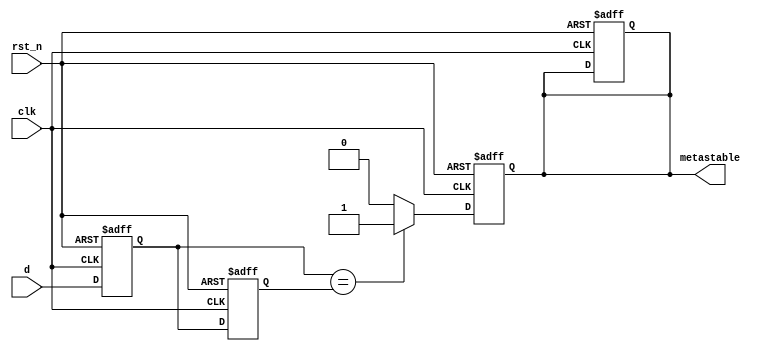
module metastability_detector (
    input wire clk,         // Clock signal
    input wire rst_n,      // Active low reset signal
    input wire d,          // Signal to monitor for metastability
    output reg metastable   // Output signal indicating metastability state
);

    // Internal signals for flip-flop outputs
    reg Q1;
    reg Q2;

    // Parameters for timing (adjust as necessary)
    parameter METASTABLE_THRESHOLD = 2; // Example threshold for metastability detection

    // Flip-flops for sampling the input signal
    always @(posedge clk or negedge rst_n) begin
        if (!rst_n) begin
            Q1 <= 1'b0;
            Q2 <= 1'b0;
            metastable <= 1'b0;
        end else begin
            Q1 <= d; // First flip-flop samples input d
            Q2 <= Q1; // Second flip-flop samples output of first flip-flop
        end
    end

    // Metastability detection logic
    always @(posedge clk or negedge rst_n) begin
        if (!rst_n) begin
            metastable <= 1'b0; // Reset metastable signal
        end else begin
            // Check for metastable condition
            if (Q1 == Q2) begin
                metastable <= 1'b1; // Indicate potential metastable state
            end else begin
                metastable <= 1'b0; // Clear metastable indication
            end
        end
    end

endmodule